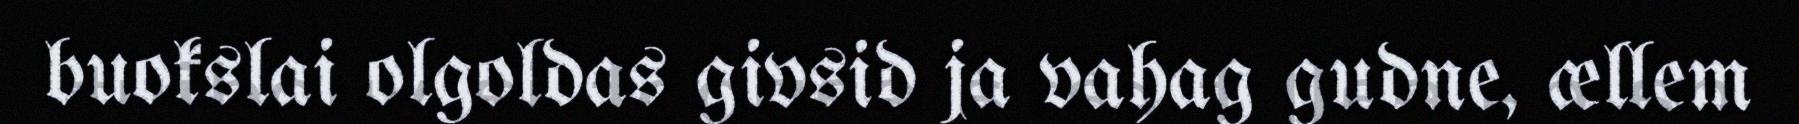
buokslai olgoldas givsid ja vahag gudne, ællem